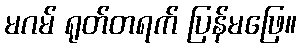
မဂမ် ရုတ်တရက် ပြန်မဖြေ။